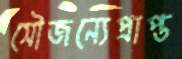
সৌজন্যেপ্রাপ্ত